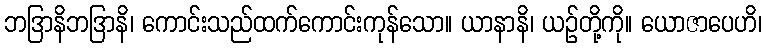
ဘဒြာနိဘဒြာနိ၊ ကောင်းသည်ထက်ကောင်းကုန်သော။ ယာနာနိ၊ ယဉ်တို့ကို။ ယောဇာပေဟိ၊